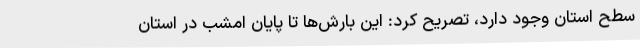
سطح استان وجود دارد، تصریح کرد: این بارش‌ها تا پایان امشب در استان